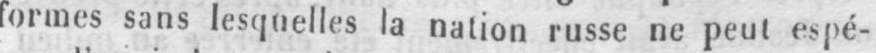
formes sans lesquelles la nation russe ne peut espé-